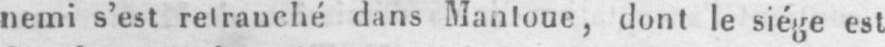
dont le siége est